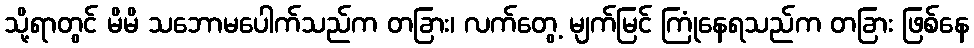
သို့ရာတွင် မိမိ သဘောမပေါက်သည်က တခြား၊ လက်တွေ့ မျက်မြင် ကြုံနေရသည်က တခြား ဖြစ်နေ